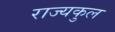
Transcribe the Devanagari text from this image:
राज्यकुल